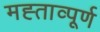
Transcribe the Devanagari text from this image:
मह्ताव्पूर्ण